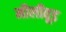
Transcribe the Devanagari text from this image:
मौलीवूड